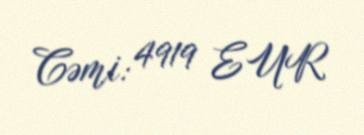
Cəmi: 4919 EUR